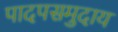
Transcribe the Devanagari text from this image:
पादपसमुदाय